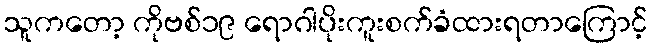
သူကတော့ ကိုဗစ်၁၉ ရောဂါပိုးကူးစက်ခံထားရတာကြောင့်